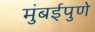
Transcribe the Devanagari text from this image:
मुंबईपुणे